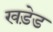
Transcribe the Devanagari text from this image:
खड़ेड